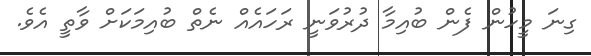
ގިނަ މީހުން ފެން ބުއިމާ ދުރުވަނީ ރަހައެއް ނެތް ބުއިމަކަށް ވާތީ އެވެ.